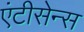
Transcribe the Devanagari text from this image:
एंटीसेन्स